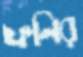
ফনির